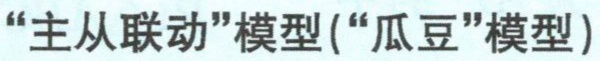
“主从联动”模型(“瓜豆”模型)